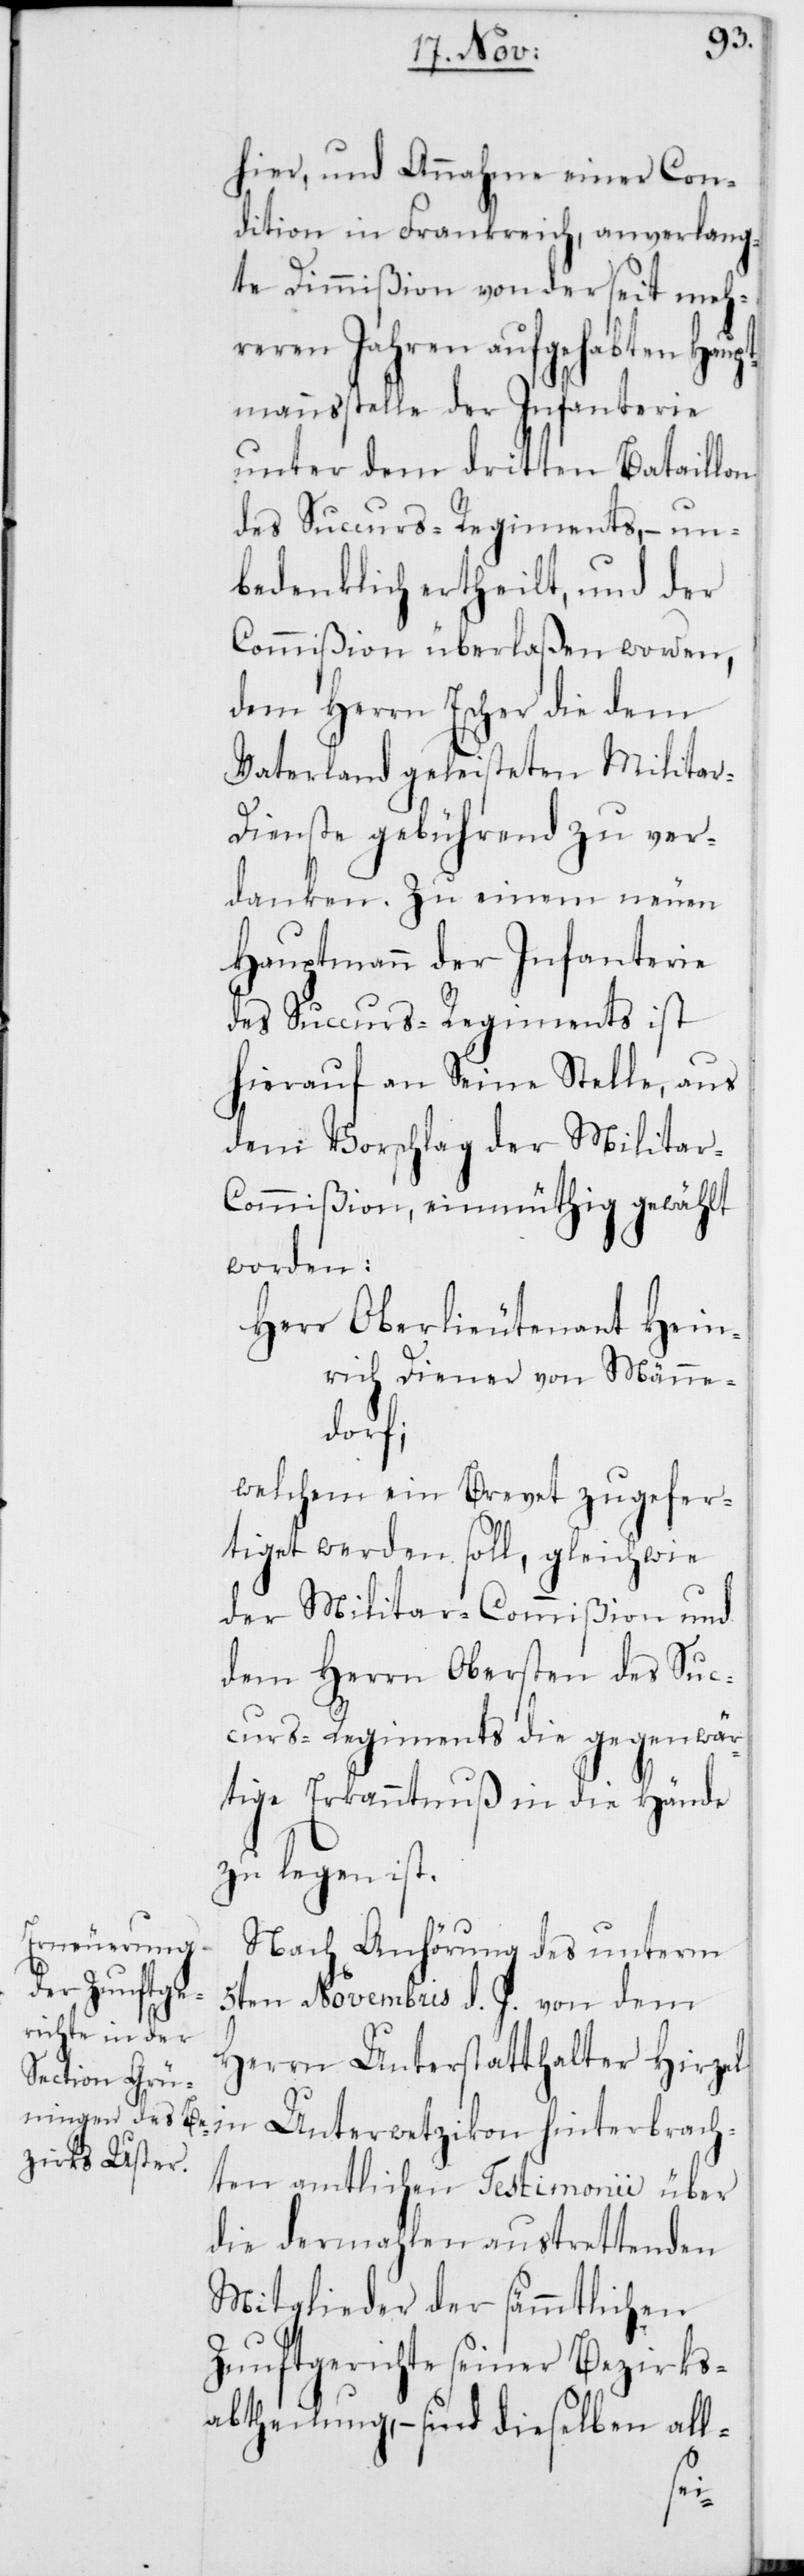
hier, und Annahme einer Con¬
dition in Frankreich, anverlang¬
te Dimmißion von der seit meh¬
reren Jahren aufgehabten Haupt¬
mannsstelle der Infanterie
unter dem dritten Bataillon
des Succurs-Regiments, – un¬
bedenklich ertheilt, und der
Commißion überlaßen worden,
dem Herrn Escher die dem
Vaterland geleisteten Milita¬
r-Dienste gebührend zu ver¬
danken. Zu einem neuen
Hauptmann der Infanterie
des Succurs-Regiments ist
hierauf an Seine Stelle, aus
dem Vorschlag der Milita¬
r-Commißion, einmüthig gewählt
worden:
Herr Oberlieutenant Hein¬
rich Diener von Männe¬
rach¬
welchem ein Brevet zugefer¬
tiget werden soll, gleichwie
der Militar-Commißion und
dem Herrn Obersten des Suc¬
curs-Regiments die gegenwär¬
tige Erkanntnuß in die Hände
zu legen ist.
Nach Anhörung des unterm
5ten Novembris d. J. von dem
Herrn Unterstatthalter Hirzel
ten amtlichen Testimonii über
die dermahlen austrettenden
Mitglieder der sämmtlichen
Zunftgerichte seiner Bezirks¬
abtheilung, – sind dieselben all-